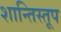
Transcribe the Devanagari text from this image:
शान्तिस्‍तूप